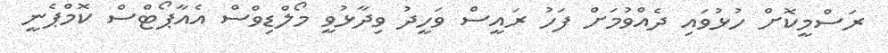
ރަސްމީކޮށް ހުޅުވައި ދެއްވުމަށް ފަހު ރައީސް ވަހީދު ވިދާޅުވީ މޯލްޑިވްސް އެއާޕޯޓްސް ކޮމްޕެނީ